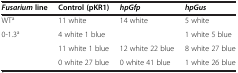
<table><thead><tr><td><b><i>Fusarium</i>line</b></td><td><b>Control (pKR1)</b></td><td><b><i>hpGfp</i></b></td><td><b><i>hpGus</i></b></td></tr></thead><tbody><tr><td>WT<sup>a</sup></td><td>11 white</td><td>14 white</td><td>5 white</td></tr><tr><td>0-1.3<sup>a</sup></td><td>4 white 1 blue</td><td>[EMPTY_CELL]</td><td>1 white 5 blue</td></tr><tr><td>[EMPTY_CELL]</td><td>11 white 1 blue</td><td>12 white 22 blue</td><td>8 white 27 blue</td></tr><tr><td>[EMPTY_CELL]</td><td>0 white 27 blue</td><td>0 white 41 blue</td><td>1 white 26 blue</td></tr></tbody></table>